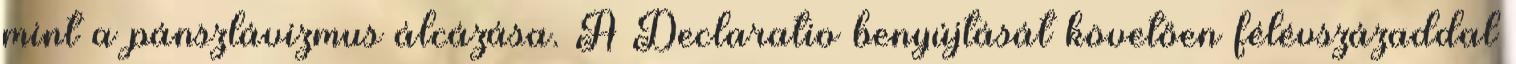
mint a pánszlávizmus álcázása. A Declaratio benyújtását követően félévszázaddal